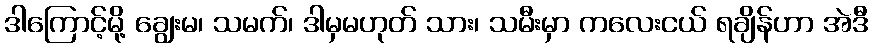
ဒါကြောင့်မို့ ချွေးမ၊ သမက်၊ ဒါမှမဟုတ် သား၊ သမီးမှာ ကလေးငယ် ရချိန်ဟာ အဲဒီ